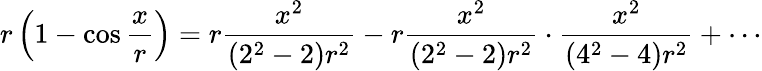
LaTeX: r\left(1-\cos{\frac{x}{r}}\right)=r{\frac{x^{2}}{(2^{2}-2)r^{2}}}-r{\frac{x^{2}}{(2^{2}-2)r^{2}}}\cdot{\frac{x^{2}}{(4^{2}-4)r^{2}}}+\cdots